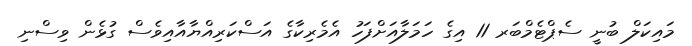
މައިކަލް ބުނީ ސެޕްޓެމްބަރ 11 އިގެ ހަމަލާއަށްފަހު އެމެރިކާގެ އަސްކަރިއްޔާއާއިވެސް ގުޅެން ވިސްނި